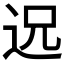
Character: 𮞈